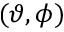
( \vartheta , \phi )